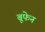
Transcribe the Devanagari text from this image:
बूफेन